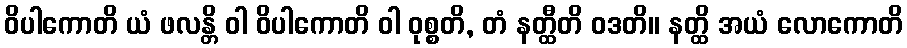
ဝိပါကောတိ ယံ ဖလန္တိ ဝါ ဝိပါကောတိ ဝါ ဝုစ္စတိ, တံ နတ္ထီတိ ဝဒတိ။ နတ္ထိ အယံ လောကောတိ